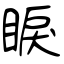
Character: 睙